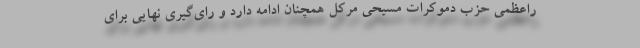
راعظمی حزب دموکرات مسیحی مرکل همچنان ادامه دارد و رای‌گیری نهایی برای